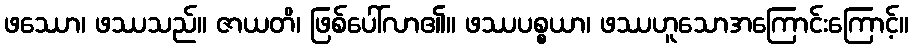
ဖဿော၊ ဖဿသည်။ ဇာယတိ၊ ဖြစ်ပေါ်လာ၏။ ဖဿပစ္စယာ၊ ဖဿဟူသောအကြောင်းကြောင့်။